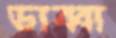
ডাব্বা